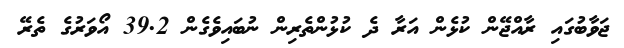
ޖަވާބުގައި ރާއްޖޭން ކުޅެން އަރާ ދެ ކުޅުންތެރިން ނުބައިވެގެން 39.2 އޯވަރުގެ ތެރޭ